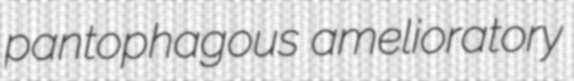
pantophagous amelioratory